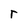
Character: r